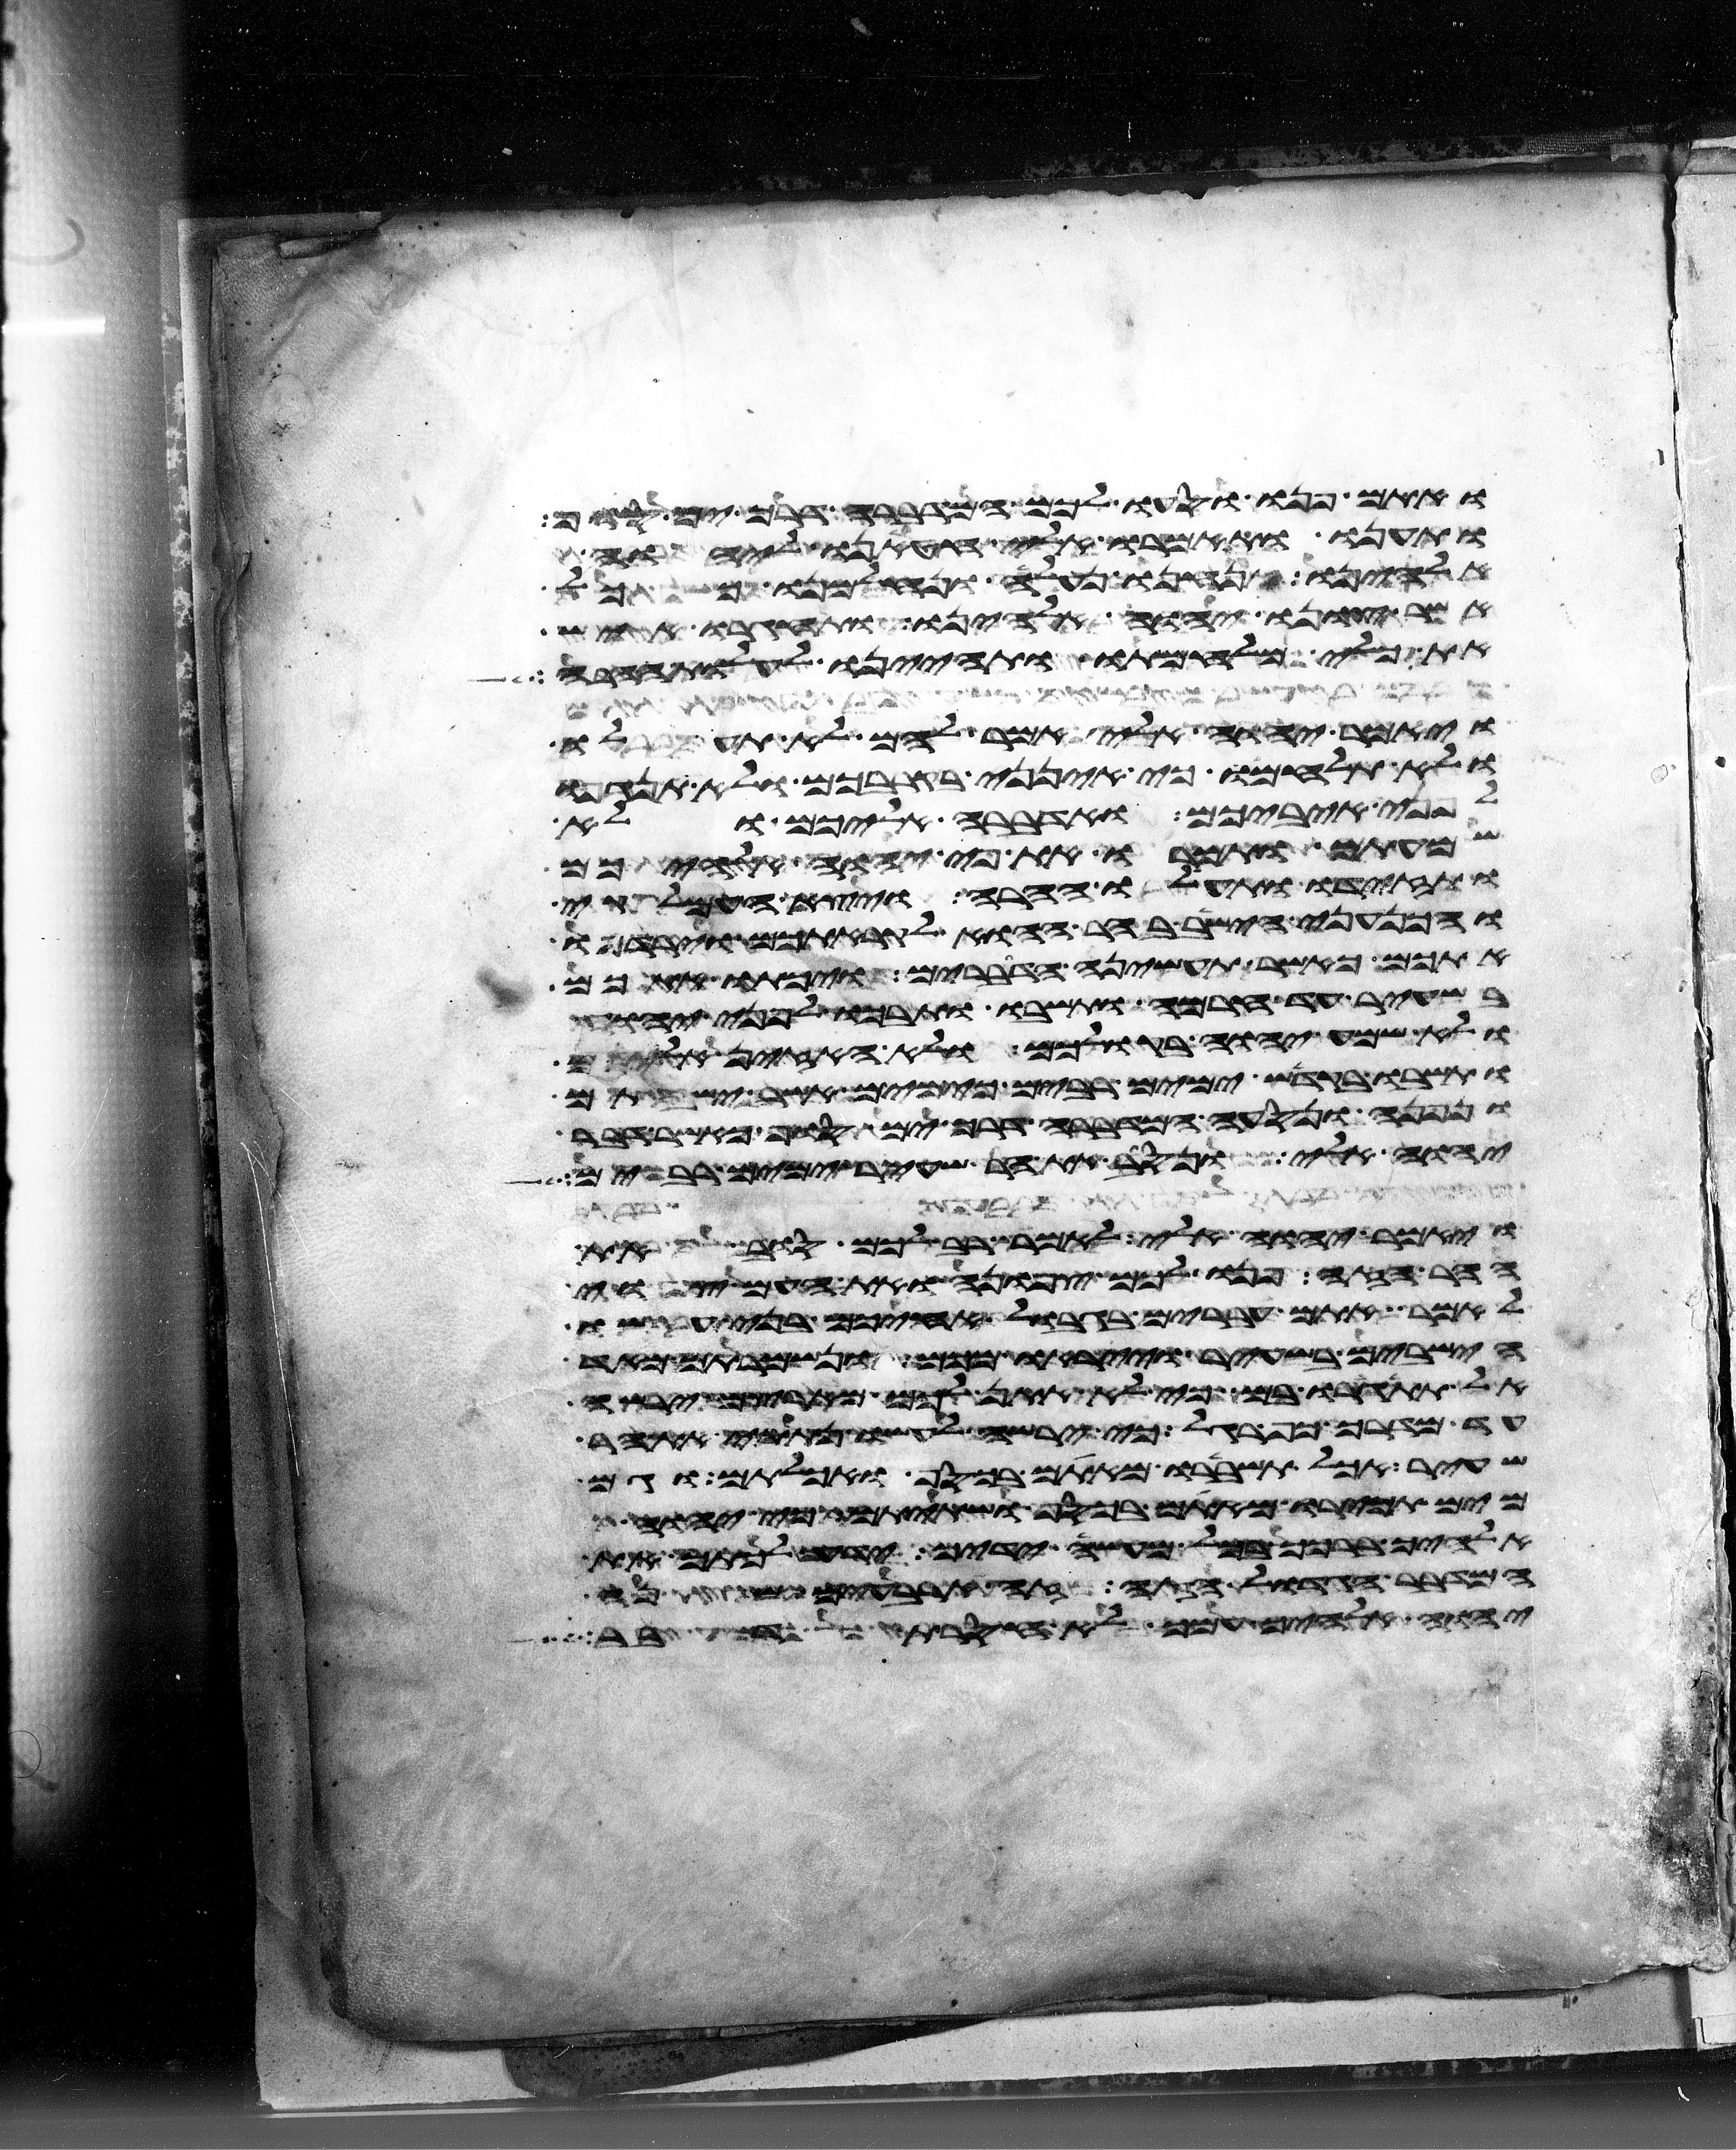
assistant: ואתם פנו וסעו לכם המדברה דרך ים סוף
ותענו ותאמרו אלי חטאנו ליהוה
אלהינו אנחנו נעלה ונלחמנו ככל
אשר צונו יהוה אלהינו ותחגרו איש
את כלי מלחמתו ותהיינו לעלות ההרה
ויאמר יהוה אלי אמר להם לא תעלו
ולא תלחמו כי אינני בקרבכם ולא תנגפו
לפני איביכם ואדברה אליכם ולא
שמעתם ותמרו את פי יהוה אלהיכם
ותזידו ותעלו ההרה ויצא העמלקי
והכנעני הישב בהר ההוא לקראתכם וירדפו
אתכם כאשר תעשינה הדברים ויכתו אתכם
בשעיר עד חרמה ותשבו ותבכו לפני יהוה
ולא שמע יהוה בקולכם ולא האזין אליכם
ותשבו בקדש ימים רבים כימים אשר ישבתם
ונפנה ונסעה המדברה דרך ים סוף כאשר דבר
יהוה אלי ונסב את הר שעיר ימים רבים
ויאמר יהוה אלי לאמר רב לכם סוב את
ההר הזה פנו לכם צפונה ואת העם צוי
לאמר אתם עברים בגבול אחיכם בני עשו
הישבים בשעיר וייראו מכם ונשמרתם מאד
אל תתגרו בם כי לא אתן לכם מארצם ירשה
עד מדרך כף רגל כי ירשה לעשו נתתי את הר
שעיר אכל תשברו מאתם בכסף ואכלתם וגם
מים תכירו מאתם בכסף ושתיתם כי יהוה
אלהיך ברכך בכל מעשה ידיך ידע לכתך את
המדבר הגדול הזה זה ארבעים שנה
יהוה אלהיך עמך לא חסרת דבר